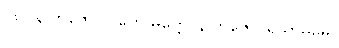
၇၈။ န ဘဇေ ပါပကေ မိတ္တေ၊ န ဘဇေ ပုရိသာဓမေ။